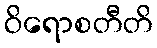
ဝိရောစတီတိ